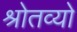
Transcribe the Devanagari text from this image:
श्रोतव्यो